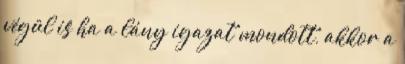
végül is ha a lány igazat mondott, akkor a